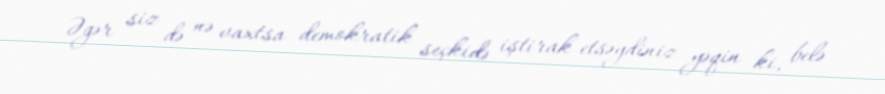
Əgər siz də nə vaxtsa demokratik seçkidə iştirak etsəydiniz yəqin ki, belə